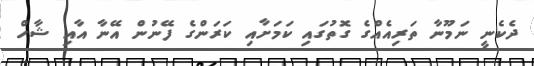
ދެކެނީ ނަމޫނާ ތަރިއެއްގެ ގޮތުގައި ކަމަށާއި ކަރަންގެ ފޭނުން އޭނާ އާއި ޝާހް